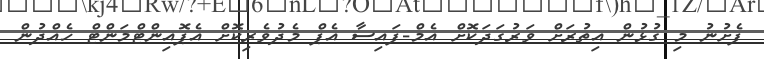
ފެށުނު މި ގުޅުން އިތުރަށް ވަރުގަދަކޮށް އެމް-ފައިސާ އެޕް މެދުވެރިކޮށް އެޕޮއިންޓްމަންޓް ހެއްދުން